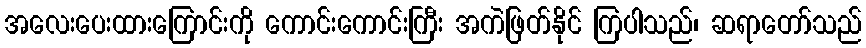
အလေးပေးထားကြောင်းကို ကောင်းကောင်းကြီး အကဲဖြတ်နိုင် ကြပါသည်၊ ဆရာတော်သည်